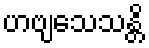
ဟဗျသေသန္တိ